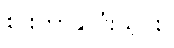
စားကာနှလုံးသွင်း။